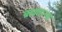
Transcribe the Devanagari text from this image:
ब्रह्माहत्या